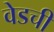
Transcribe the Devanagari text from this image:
वेडची